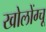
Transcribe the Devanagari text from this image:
खोलोंग्चू